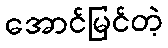
အောင်မြင်တဲ့